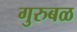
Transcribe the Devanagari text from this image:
गुरुबळ